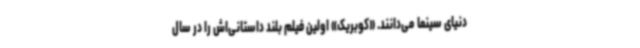
دنیای سینما می‌دانند. «کوبریک» اولین فیلم بلند داستانی‌اش را در سال